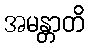
အမန္တာတိ